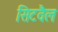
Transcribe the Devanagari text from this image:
सिटवैल